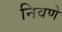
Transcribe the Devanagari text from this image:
निवणे